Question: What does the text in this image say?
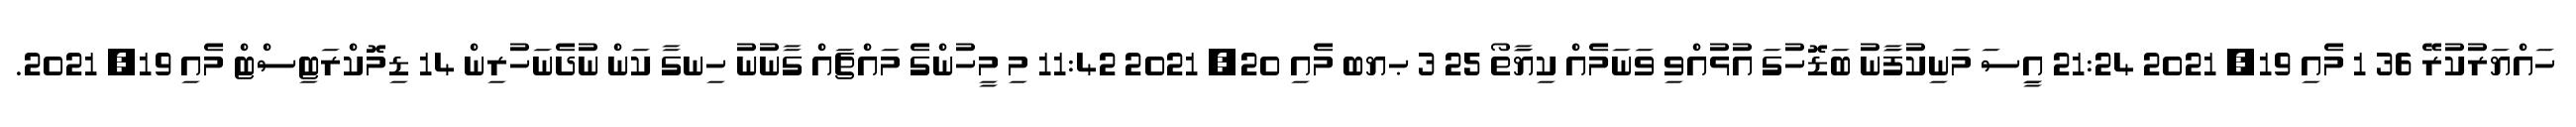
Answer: ހައްޔަރުކުރޭ 36 1 މެއި 19, 2021 21:24 އިީސަ މަނިކުފަާނު ބަޑޮހުގަ އުޅުއްވި ވަނަމެއް ކިޔަާތޯ 25 3 ޙޔބ މެއި 20, 2021 11:42 މި މީހުންގެ މައްޗައް ގާނުނު ހިނގާ ކަން ނުދެނަހުރިން 14 ޑިމޮކްރަޓިސްޓް މެއި 19, 2021.